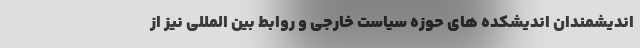
اندیشمندان اندیشکده های حوزه سیاست خارجی و روابط بین المللی نیز از